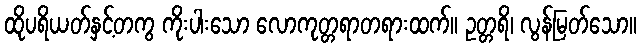
ထိုပရိယတ်နှင့်တကွ ကိုးပါးသော လောကုတ္တရာတရားထက်။ ဥတ္တရိ၊ လွန်မြတ်သော။